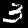
Label: 3